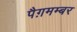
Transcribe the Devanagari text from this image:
पैग़मम्बर